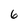
Character: 6